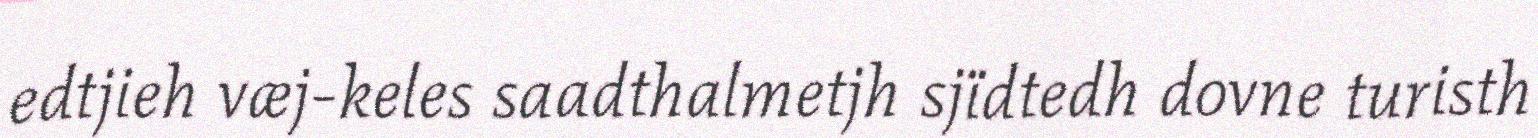
edtjieh væj-keles saadthalmetjh sjïdtedh dovne turisth